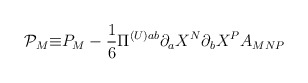
\begin{align*}\mathcal{P}_{M} \mathcal{\equiv}P_{M}-\frac{1}{6}\Pi^{(U)ab}\partial_{a}X^{N}\partial_{b}X^{P}A_{MNP} \end{align*}